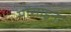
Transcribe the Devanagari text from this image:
मोंसाइनर